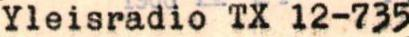
Yleisradio TX 12-735